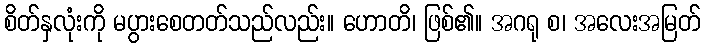
စိတ်နှလုံးကို မပွားစေတတ်သည်လည်း။ ဟောတိ၊ ဖြစ်၏။ အဂရု စ၊ အလေးအမြတ်